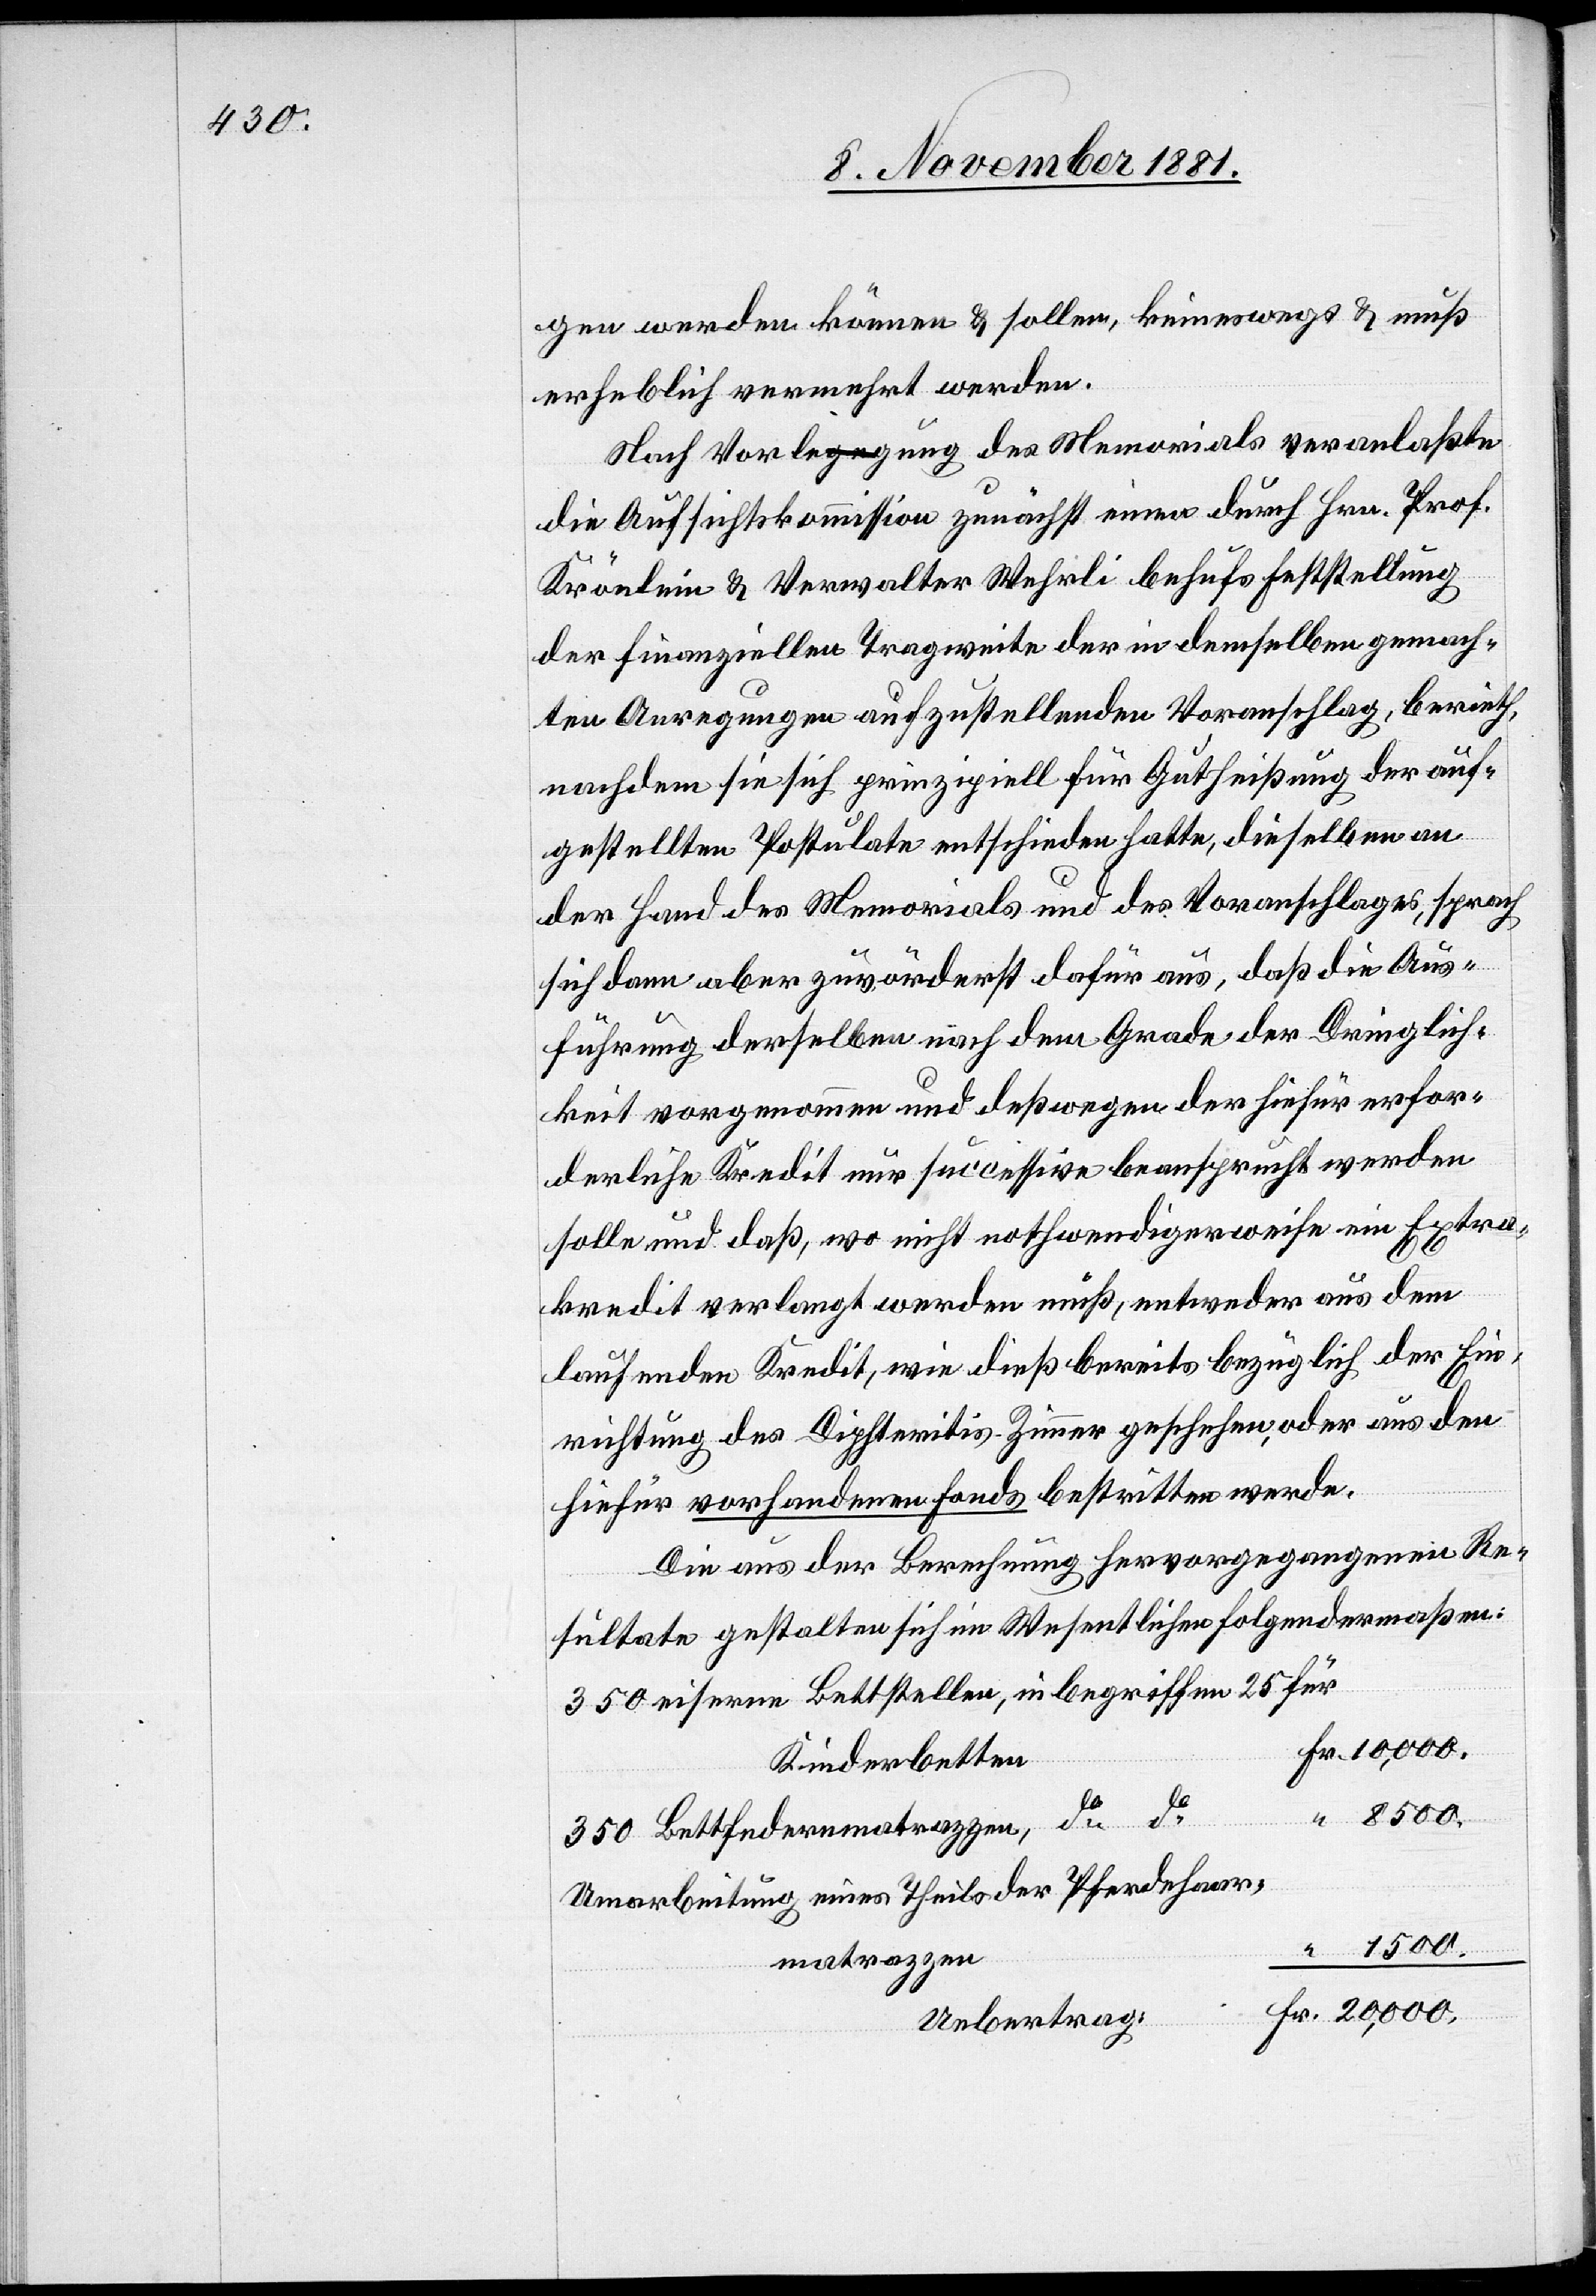
gen werden können & sollen, keineswegs & muß
erheblich vermehrt werden.
Nach Vorlegung des Memorials veranlaßte
die Aufsichtskommission zunächst einen durch Hrn. Prof.
Krönlein & Verwalter Wehrli behufs Feststellung
der finanziellen Tragweite der in demselben gemach¬
ten Anregungen aufzustellenden Voranschlag, berieth,
nachdem sie sich prinzipiell für Gutheißung der auf¬
gestellten Postulate entschieden hatte, dieselben an
der Hand des Memorials und des Voranschlages, sprach
sich dann aber zuvörderst dafür aus, daß die Aus¬
führung derselben nach dem Grade der Dringlich¬
keit vorgenommen und deßwegen der hiefür erfor¬
derliche Kredit nur successive beansprucht werden
solle und daß, wo nicht nothwendigerweise ein Extra¬
kredit verlangt werden muß, entweder aus dem
laufenden Kredit, wie dieß bereits bezüglich der Ein¬
richtung des Diphteritis-Zimmer geschehen, oder aus den
hiefür vorhandenen Fonds bestritten werde.
Die aus der Berechnung hervorgegangenen Re¬
sultate gestalten sich im Wesentlichen folgendermaßen:
350 eiserne Bettstellen, inbegriffen 25 für
r. 10,000.
Kinderbetten		F¬
20,000.
350 Bettfedernmatrazzen, do
Umarbeitung eines Theils der Pferdehaar¬
matrazzen